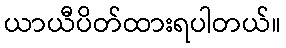
ယာယီပိတ်ထားရပါတယ်။